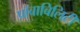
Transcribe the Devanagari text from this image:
प्रॉबाबिलिटी